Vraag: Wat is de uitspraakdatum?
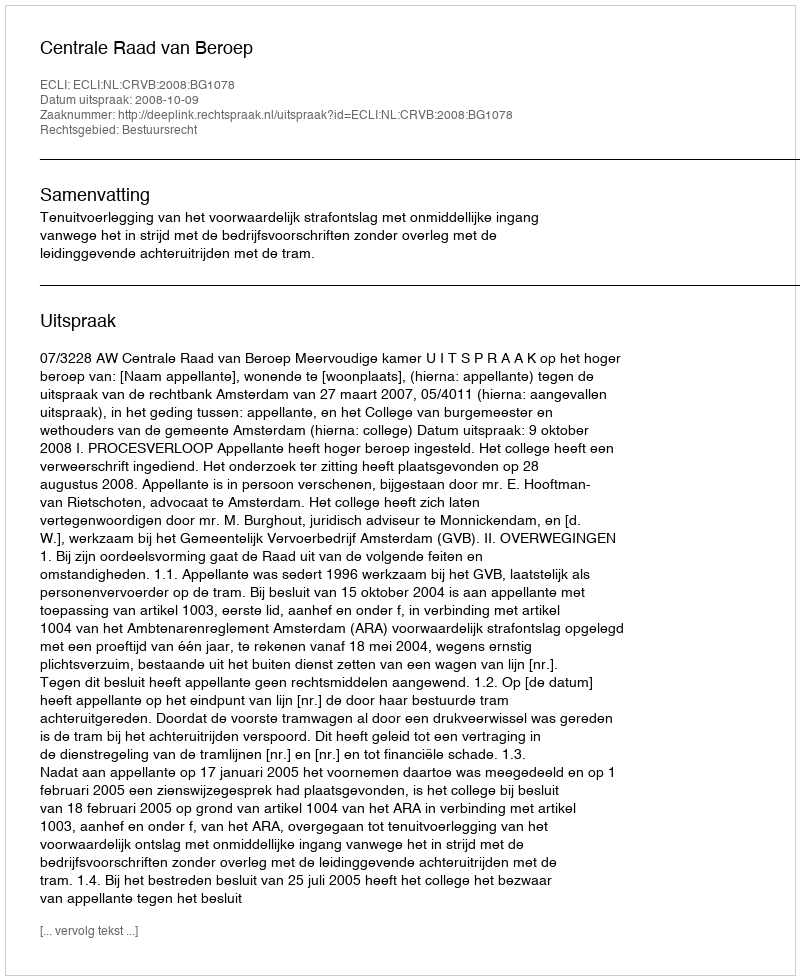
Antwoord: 2008-10-09